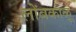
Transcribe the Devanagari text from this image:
लोंबकाळू